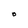
Character: O